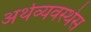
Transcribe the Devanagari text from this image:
अर्थव्यवस्थेस